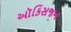
ઑકિસજન